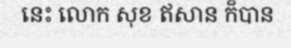
នេះ លោក សុខ ឥសាន ក៏បាន